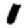
Digit: 1